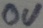
Text: 0V